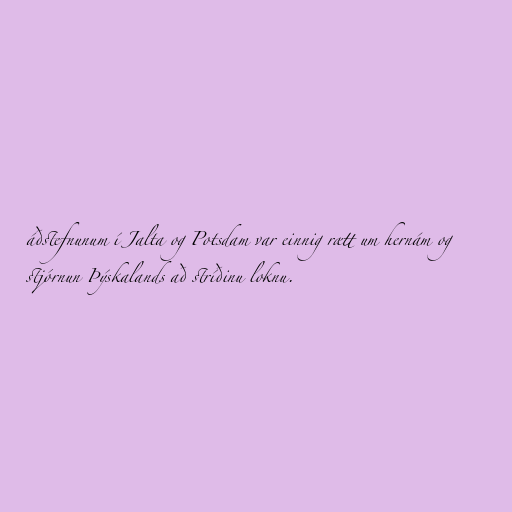
áðstefnunum í Jalta og Potsdam var einnig rætt um hernám og
stjórnun Þýskalands að stríðinu loknu.